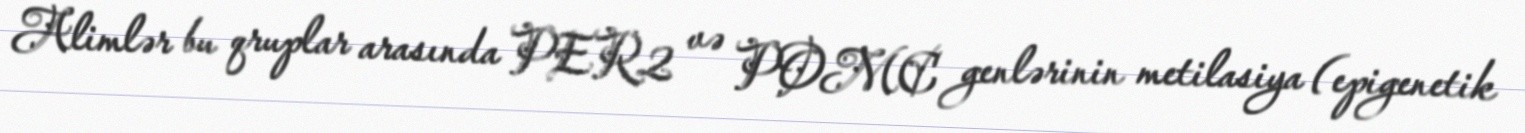
Alimlər bu qruplar arasında PER2 və POMC genlərinin metilasiya (epigenetik